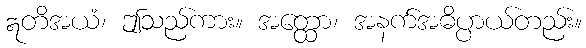
ဣတိအယံ၊ ဤသည်ကား။ အတ္ထော၊ အနက်အဓိပ္ပာယ်တည်း။